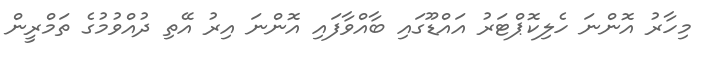
މިހާރު އޮންނަ ހެލިކޮޕްޓަރު އައްޑޫގައި ބާއްވާފައި އޮންނަ އިރު އޭތި ދުއްވުމުގެ ތަމްރީން